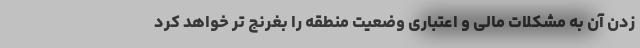
زدن آن به مشکلات مالی و اعتباری وضعیت منطقه را بغرنج تر خواهد کرد